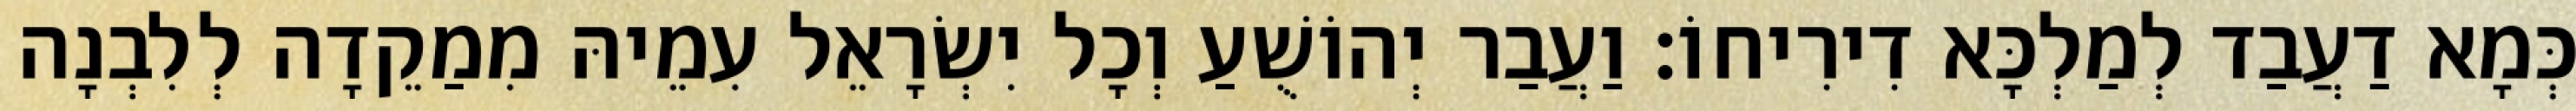
כְּמָא דַעֲבַד לְמַלְכָּא דִירִיחוֹ׃ וַעֲבַר יְהוֹשֻׁעַ וְכָל יִשְׂרָאֵל עִמֵיהּ מִמַקֵדָה לְלִבְנָה